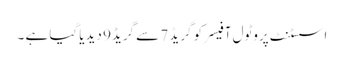
اسسٹنٹ پروٹول آفیسرکو گریڈ 7 سے گریڈ9 دیدیا گیا ہے ۔